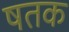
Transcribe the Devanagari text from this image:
षतक